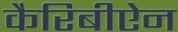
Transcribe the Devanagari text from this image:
कैरिबीऐन